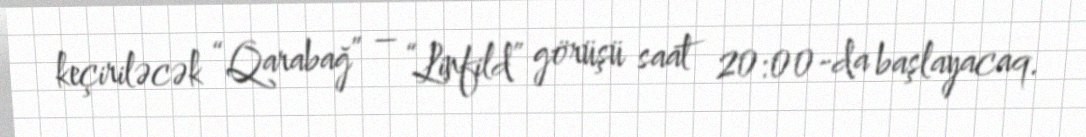
keçiriləcək “Qarabağ” – “Linfild” görüşü saat 20:00-da başlayacaq.